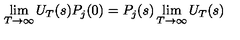
\lim _ { T \to \infty } U _ { T } ( s ) P _ { j } ( 0 ) = P _ { j } ( s ) \lim _ { T \to \infty } U _ { T } ( s )